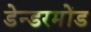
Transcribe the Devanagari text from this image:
डेन्डरमोंड